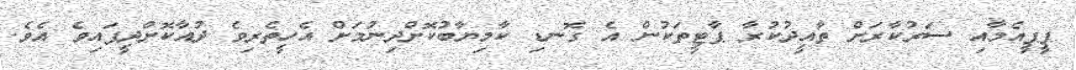
ޕީޕީއެމާއި ސަރުކާރަށް ތާއީދުކުރާ ޕާޓީތަކުން އެ ގޮނޑި ކާމިޔާބުކޮށްދިނުމަށް އެހީތެރިވެ ދުއާކޮށްދީފައިވެ އެވެ.